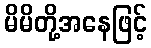
မိမိတို့အနေဖြင့်